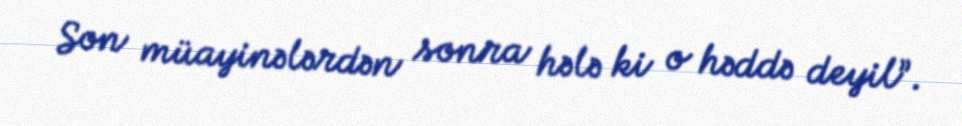
Son müayinələrdən sonra hələ ki o həddə deyil”.